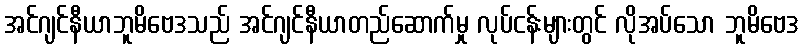
အင်ဂျင်နီယာဘူမိဗေဒသည် အင်ဂျင်နီယာတည်ဆောက်မှု လုပ်ငန်းများတွင် လိုအပ်သော ဘူမိဗေဒ